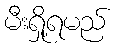
မီးရှို့ရမည်